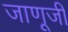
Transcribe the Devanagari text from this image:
जाणूजी